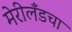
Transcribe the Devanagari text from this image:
मेरीलँडचा